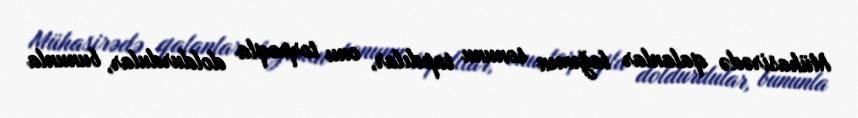
Mühasirədə qalanlar lağımın sonunu tapdılar, onu torpaqla doldurdular, bununla